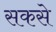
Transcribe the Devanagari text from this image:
सकसे